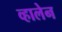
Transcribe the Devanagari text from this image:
व्हालेन